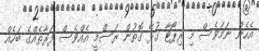
އެހެން ނަމަވެސް މި ރިޕޯޓާ ގުޅޭ ގޮތުން ރަސްމީ އެއްވެސް ފަރާތެއްގެ ބަހެއް